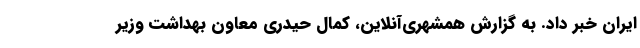
ایران خبر داد. به گزارش همشهری‌آنلاین، کمال حیدری معاون بهداشت وزیر